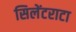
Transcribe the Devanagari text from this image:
सिलेंटराटा